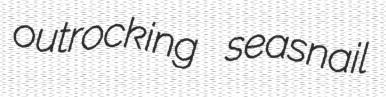
outrocking seasnail